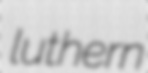
luthern